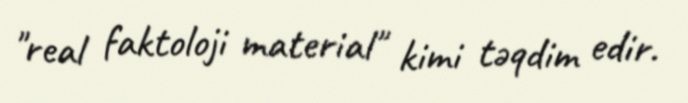
"real faktoloji material" kimi təqdim edir.